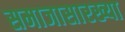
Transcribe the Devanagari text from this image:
समाजासारख्या